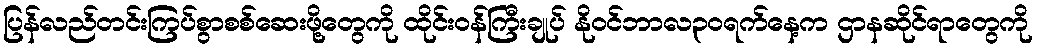
ပြန်လည်တင်းကြပ်စွာစစ်ဆေးဖို့တွေကို ထိုင်းဝန်ကြီးချုပ် နိုဝင်ဘာလ၃၀ရက်နေ့က ဌာနဆိုင်ရာတွေကို